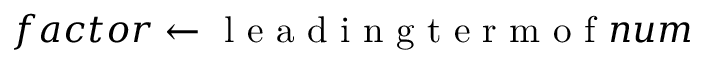
f a c t o r \gets \mathrm { ~ l ~ e ~ a ~ d ~ i ~ n ~ g ~ t ~ e ~ r ~ m ~ o ~ f ~ } n u m